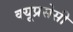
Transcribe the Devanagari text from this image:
क्यूप्रसेसी